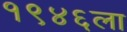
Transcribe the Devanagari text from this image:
१९४६ला